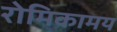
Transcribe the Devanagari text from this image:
रोमिकामय